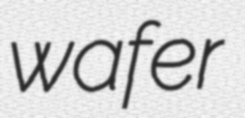
wafer